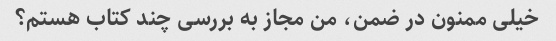
خیلی ممنون در ضمن، من مجاز به بررسی چند کتاب هستم؟